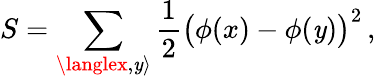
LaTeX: S=\sum_{\langlex,\mathit{y}\rangle}{\frac{{1}}{{2}}}{\big(}\phi(x)-\phi(\mathit{y}){\big)}^{2}\, ,